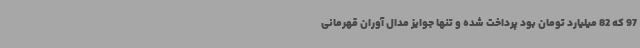
97 که 82 میلیارد تومان بود پرداخت شده و تنها جوایز مدال آوران قهرمانی